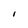
Character: I